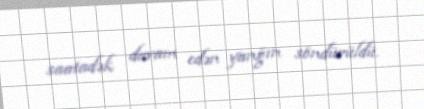
saatadək davam edən yanğın söndürüldü.